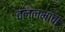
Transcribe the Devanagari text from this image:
वल्लभांचा